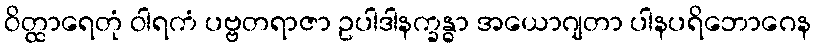
ဝိတ္ထာရေတုံ ဝါရကံ ပဗ္ဗတရာဇာ ဥပါဒါနက္ခန္ဓာ အယောဂျတာ ပါနပရိဘောဂေန